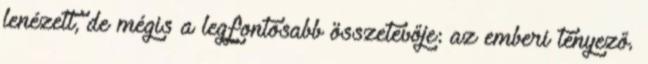
lenézett, de mégis a legfontosabb összetevője: az emberi tényező.